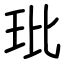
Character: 玭